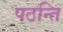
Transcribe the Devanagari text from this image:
पठन्ति